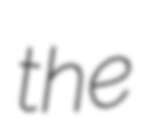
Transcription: the